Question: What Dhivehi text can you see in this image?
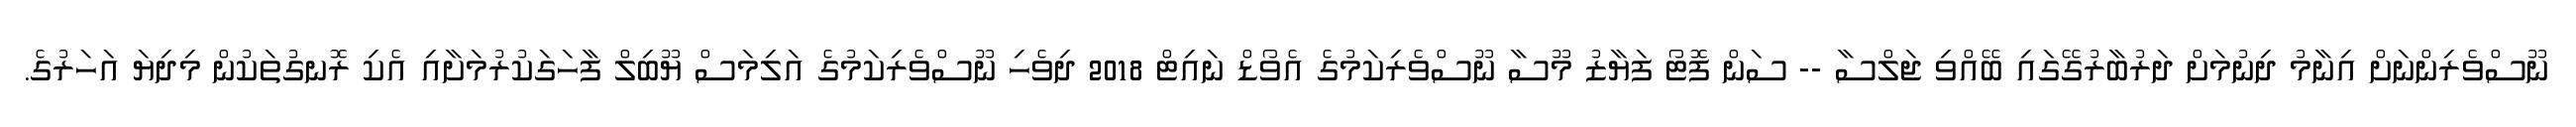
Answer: ނޫސްވެރިންނަށް އިނާމު ދިނުމަށް ދަރުބާރުގޭގައި ބޭއްވި ޖަލްސާ -- ސަން ފޮޓޯ ފަޔާޒު މޫސާ ނޫސްވެރިކަމުގެ އެވޯޑް ނައިޓް 2018 ދިވެހި ނޫސްވެރިކަމުގެ އަލިމަސް ޔޫބިލް ފާހަގަކުރުމަށާއި އެކި ރޮނގުތަކުން މިދިޔަ އަހަރުގެ.